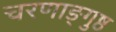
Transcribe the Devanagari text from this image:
चरणाङ्गुष्ठ